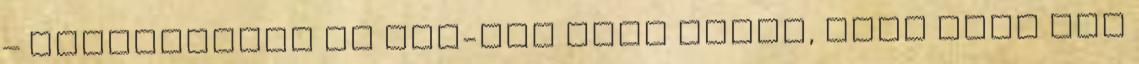
– igazolhatja le egy-két éven belül, vagy akár már